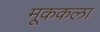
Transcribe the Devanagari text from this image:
मूककला